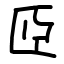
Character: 𦣝